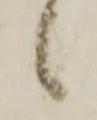
候